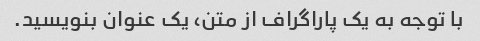
با توجه به یک پاراگراف از متن، یک عنوان بنویسید.